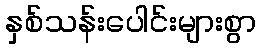
နှစ်သန်းပေါင်းများစွာ